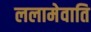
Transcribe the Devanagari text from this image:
ललामेवाति